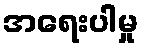
အရေးပါမှု